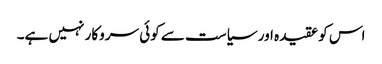
اس کو عقیدہ اور سیاست سے کوئی سروکار نہیں ہے۔